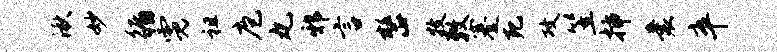
湫妙循霓祖庖丸邪言整牧敕蹇死攻笠插囊卒